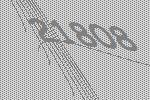
21808